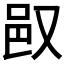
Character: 𬩴